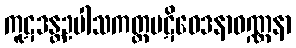
ကူဋဒန္တဥပါသကတ္တပဋိဝေဒနာဝဏ္ဏနာ